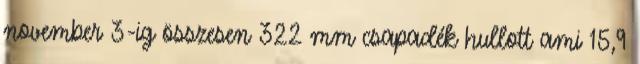
november 3-ig összesen 322 mm csapadék hullott ami 15,9